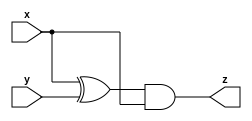
module eq4a(
    input x,
    input y,
    output z
);


assign  z=(x^y)&x;
endmodule